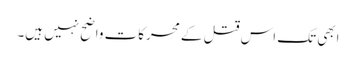
ابھی تک اس قتل کے محرکات واضح نہیں ہیں۔